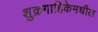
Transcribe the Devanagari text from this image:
शुक्रगाहिकेमधील